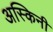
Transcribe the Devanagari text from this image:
अस्किनी